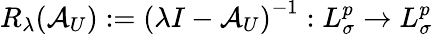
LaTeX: R_{\lambda}(\mathcal{A}_{U}):=\left(\lambda I-\mathcal{A}_{U}\right)^{-1}:L_{\sigma}^{p}\to L_{\sigma}^{p}